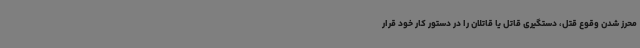
محرز شدن وقوع قتل، دستگیری قاتل یا قاتلان را در دستور کار خود قرار